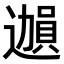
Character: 𫑊